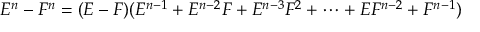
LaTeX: E ^ { n } - F ^ { n } = ( E - F ) ( E ^ { n - 1 } + E ^ { n - 2 } F + E ^ { n - 3 } F ^ { 2 } + \cdots + E F ^ { n - 2 } + F ^ { n - 1 } )